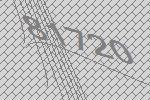
81720